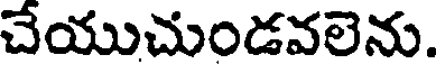
చేయుచుండవలెను.